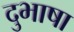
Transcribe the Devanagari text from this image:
दुभाषा